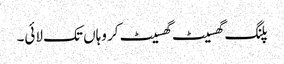
پلنگ گھسیٹ گھسیٹ کر وہاں تک لائی۔